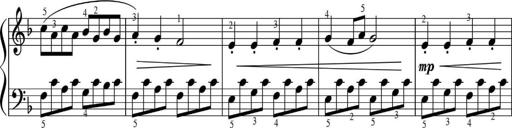
Title: Sonatinas
Composer: Andrew Violette